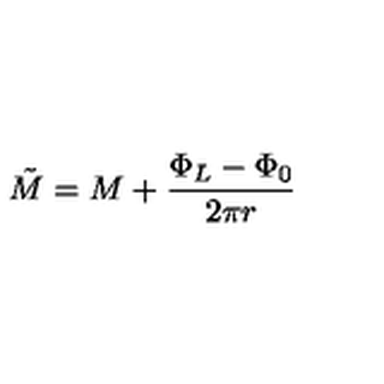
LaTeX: \tilde { M } = M + \frac { \Phi _ { L } - \Phi _ { 0 } } { 2 \pi r }